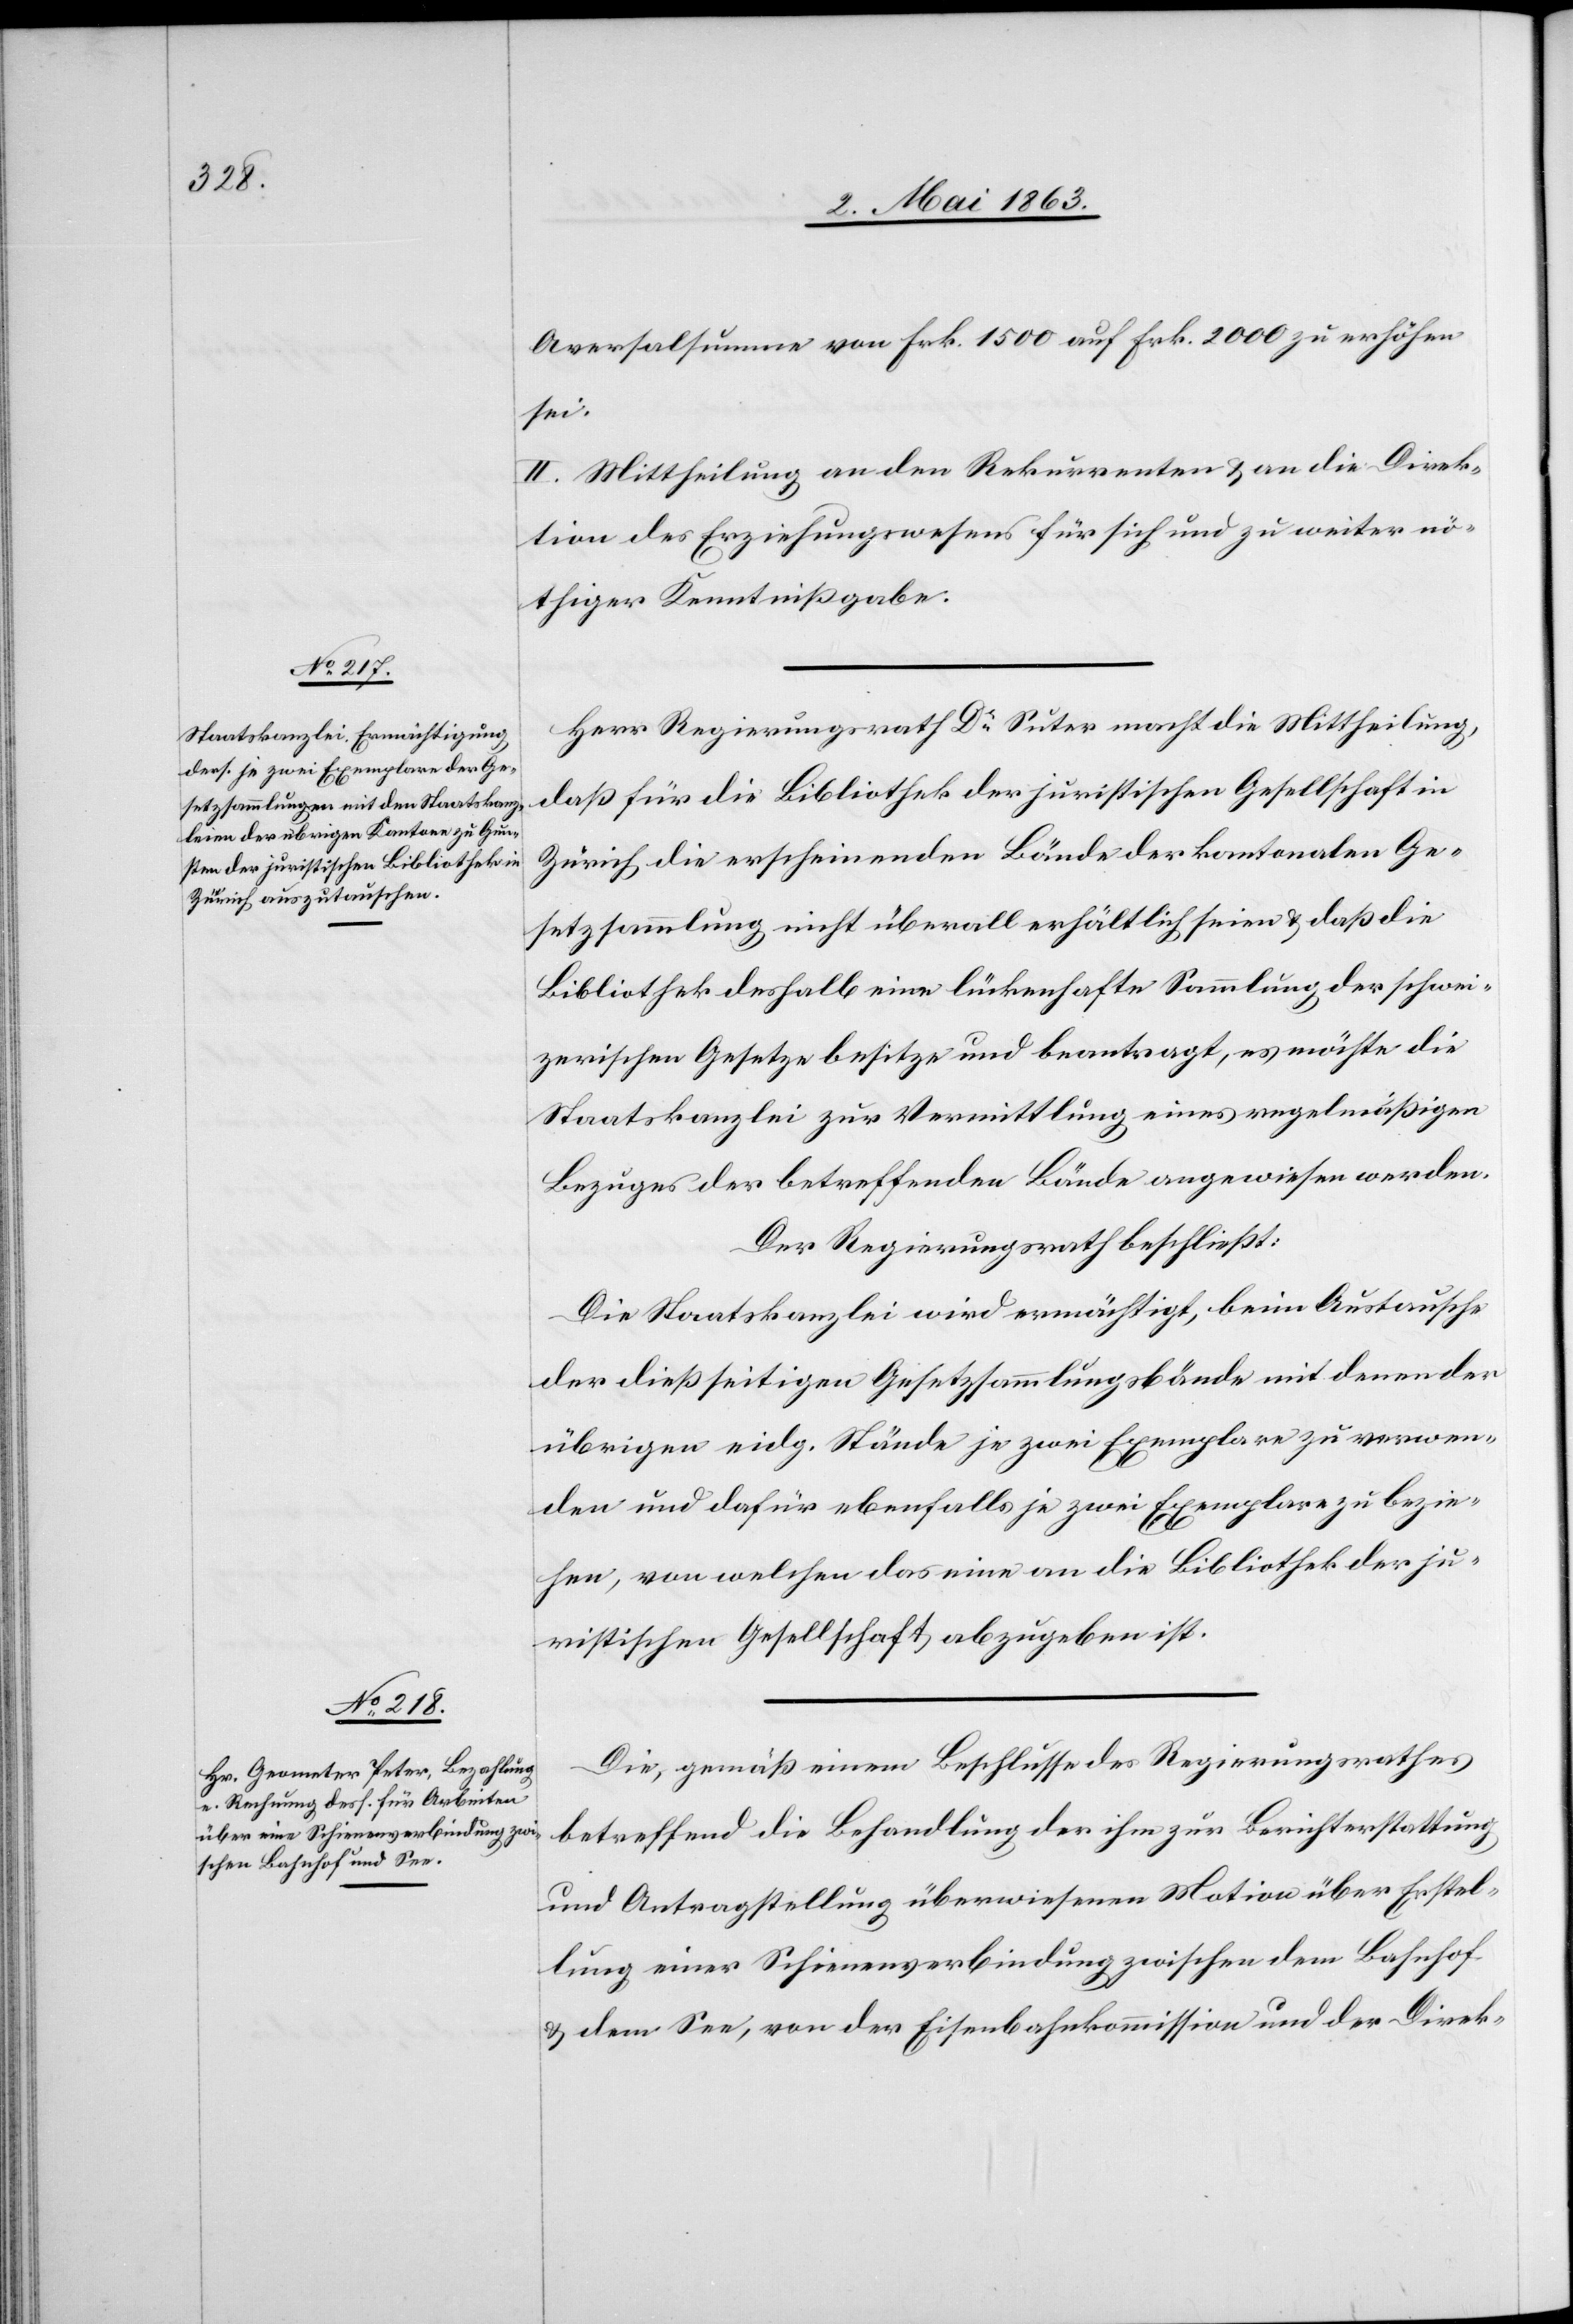
Aversalsumme von Frk. 1500 auf Frk. 2000 zu erhöhen
sei.
II. Mittheilung an den Rekurrenten & an die Direk¬
tion des Erziehungswesens für sich und zu weiter nö¬
thiger Kenntnißgabe.
Herr Regierungsrath Dr Suter macht die Mittheilung,
daß für die Bibliothek der juristischen Gesellschaft in
Zürich die erscheinenden Bände der kantonalen Ge¬
setzsammlung nicht überall erhältlich seien & daß die
Bibliothek deshalb eine lückenhafte Sammlung der schwei¬
zerischen Gesetze besitze und beantragt, es möchte die
Staatskanzlei zur Vermittlung eines regelmäßigen
Bezuges der betreffenden Bände angewiesen werden.
Der Regierungsrath beschließt:
Die Staatskanzlei wird ermächtigt, beim Austausche
der dießseitigen Gesetzsammlungsbände mit denen der
übrigen eidg. Stände je zwei Exemplare zu verwen¬
den und dafür ebenfalls je zwei Exemplare zu bezie¬
hen, von welchen das eine an die Bibliothek der ju¬
ristischen Gesellschaft abzugeben ist.
Die, gemäß einem Beschlusse des Regierungsrathes
betreffend die Behandlung der ihm zur Berichterstattung
und Antragstellung überwiesenen Motion über Erstel¬
lung einer Schienenverbindung zwischen dem Bahnhof
& dem See, von der Eisenbahnkommission und der Direk-